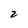
Character: 2